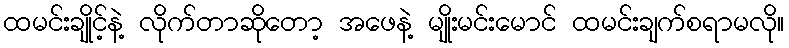
ထမင်းချိုင့်နဲ့ လိုက်တာဆိုတော့ အဖေနဲ့ မျိုးမင်းမောင် ထမင်းချက်စရာမလို။